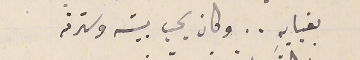
بغيابهِ.. وكان يحب بيته وسترته